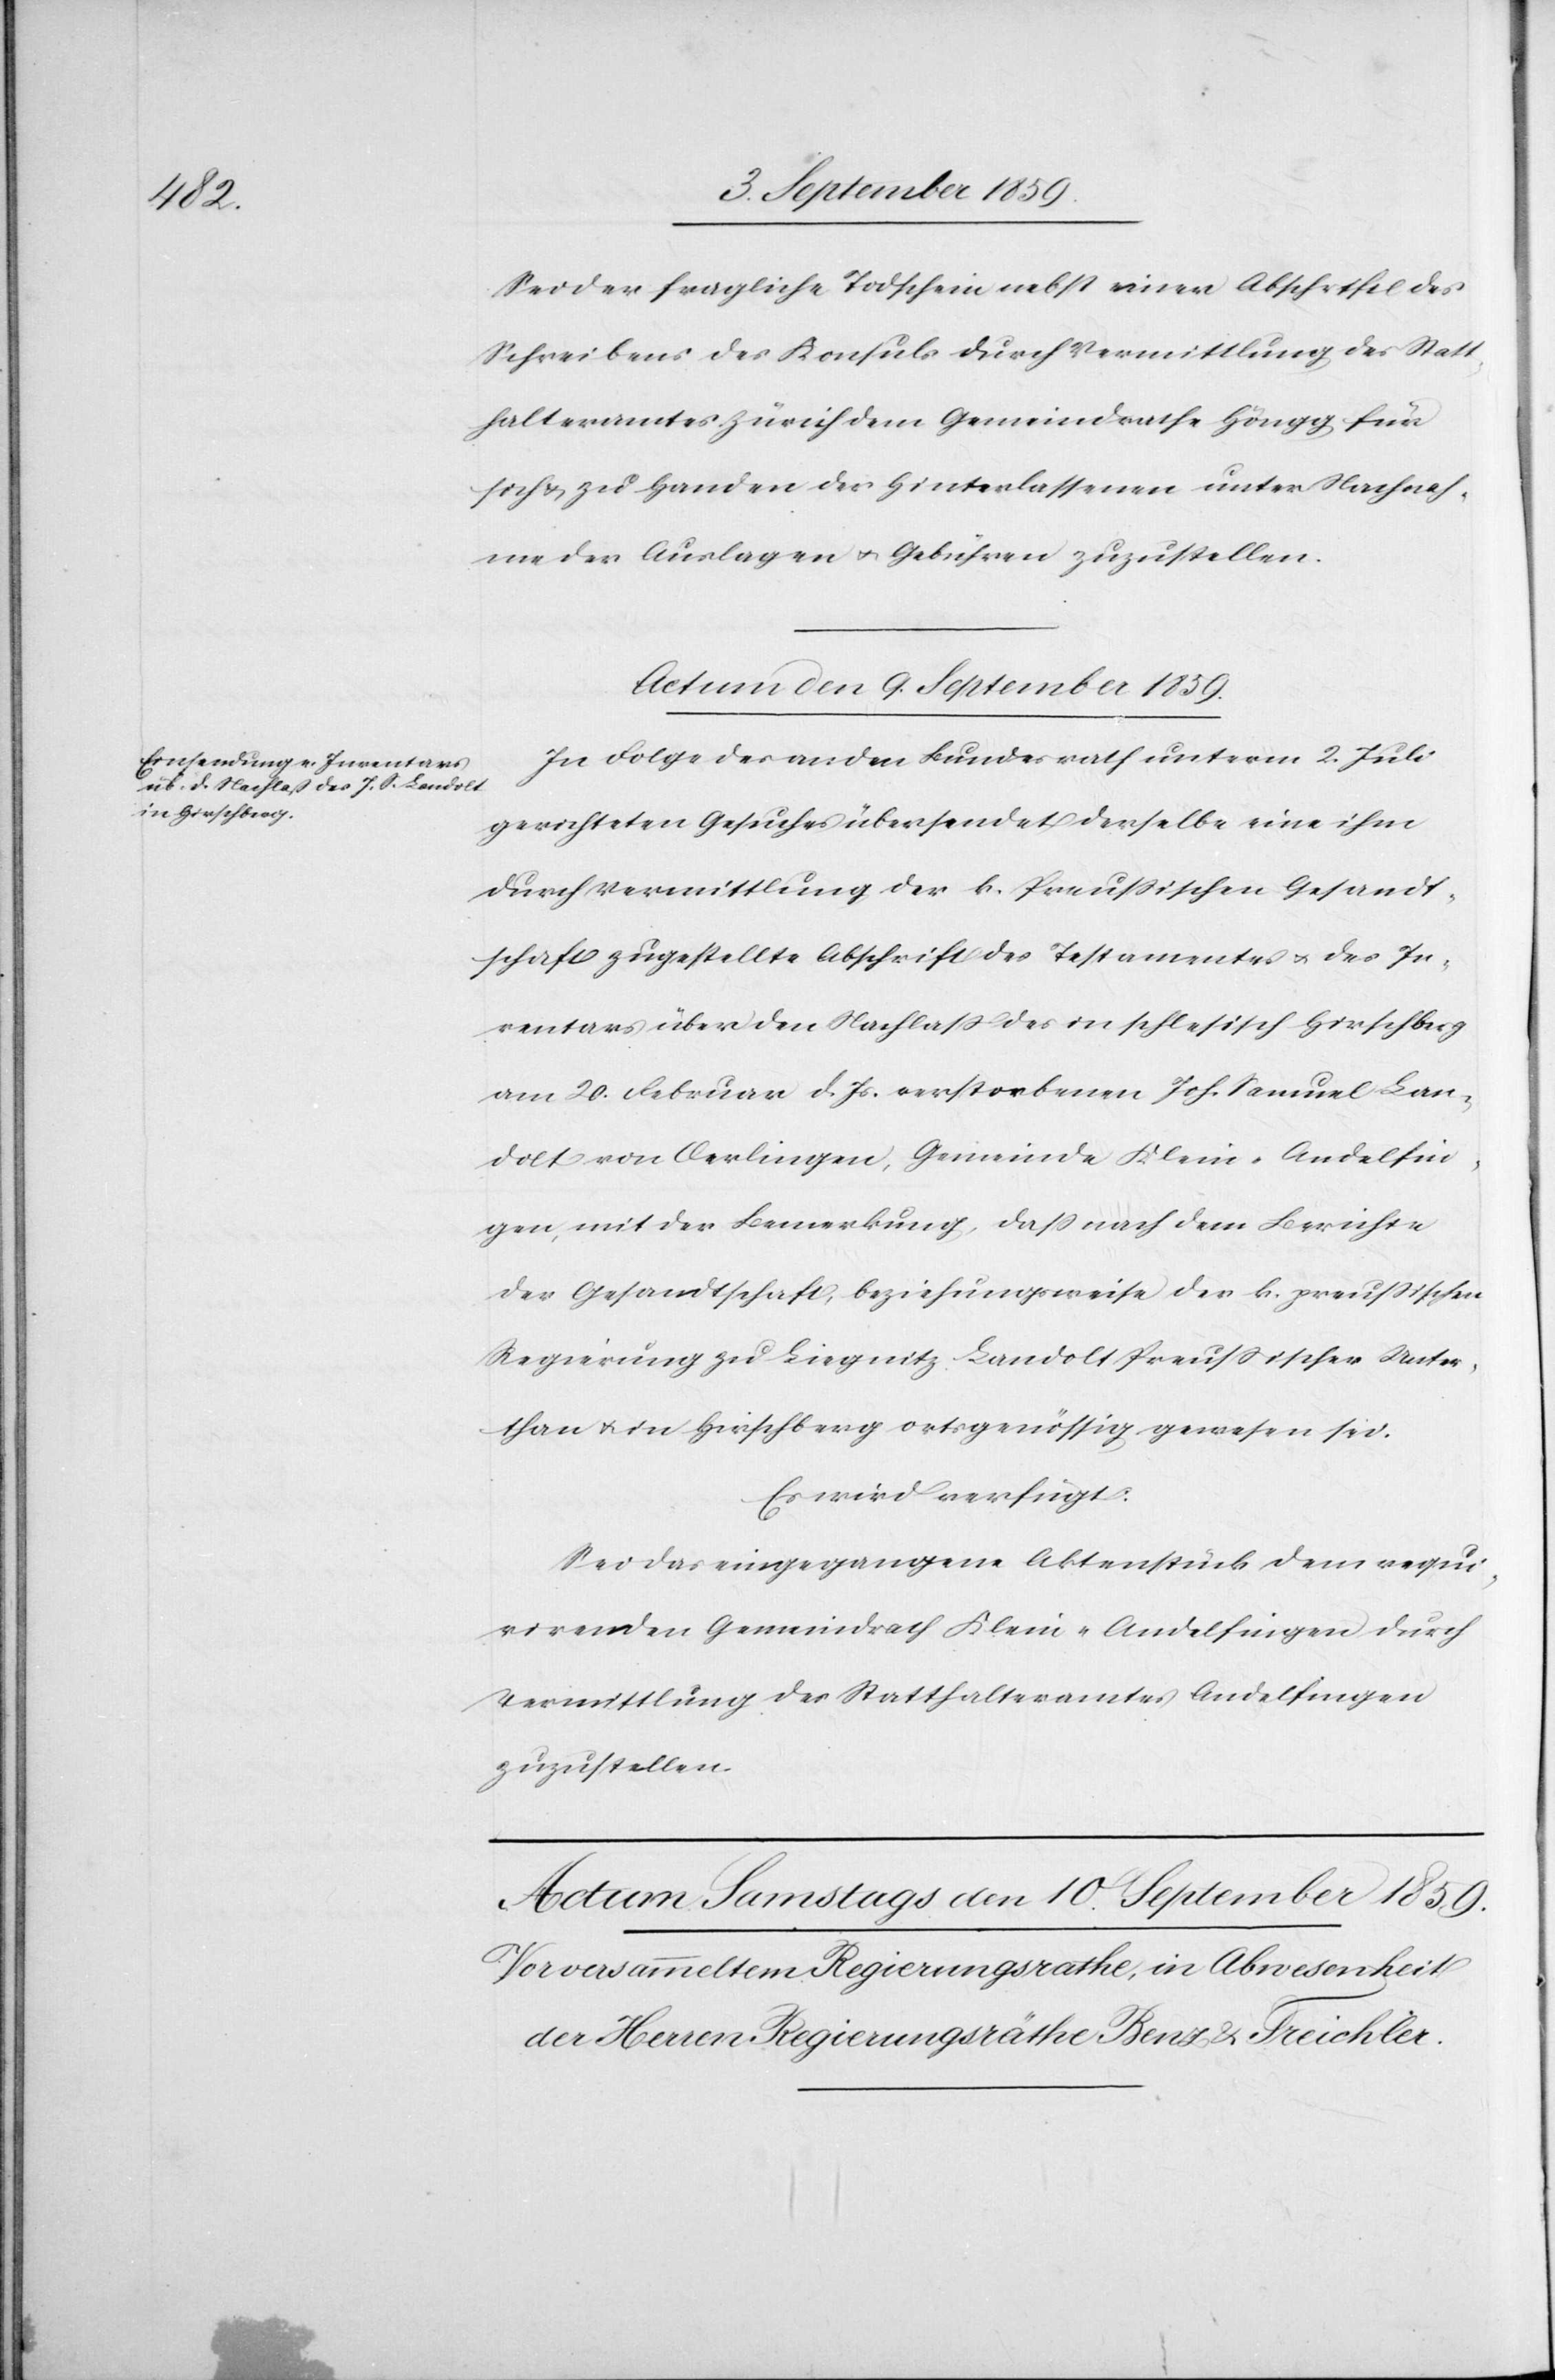
Sei der fragliche Todschein nebst einer Abschrift des
Schreibens des Konsuls durch Vermittlung des Statt¬
halteramtes Zürich dem Gemeindrathe Höngg für
sich & zu Handen des Hinterlassenen unter Nachnah¬
me der Auslagen & Gebühren zuzustellen.
Actum den 9. September 1859.
In Folge des an den Bundesrath unterm 2. Juli
gerichteten Gesuches übersendet derselbe eine ihm
durch Vermittlung der k. Preußischen Gesandt¬
schaft zugestellte Abschrift des Testamentes & des In¬
ventars über den Nachlaß des in schlesisch Hirschberg
am 20. Februar d. Js. verstorbenen Joh. Samuel Lan¬
dolt von Oerlingen, Gemeinde Klein-Andelfin¬
gen, mit der Bemerkung, daß nach dem Berichte
der Gesandtschaft, beziehungsweise der k. preußischen
Regierung zu Liegnitz Landolt Preußischer Unter¬
than & in Hirschberg ortsgenössig gewesen sei.
Es wird verfügt:
Sei das eingegangene Aktenstück dem requi¬
rirenden Gemeindrath Klein-Andelfingen durch
Vermittlung des Statthalteramtes Andelfingen
zuzustellen.